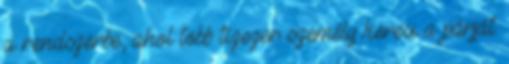
a rendszerbe, ahol több tízezer személy keresi a párját.